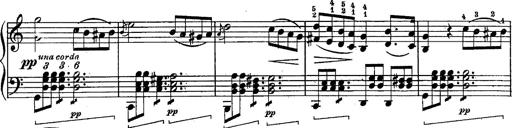
Title: Schubert's Impromptus [revised and edited by Franz Liszt]
Composer: Franz Liszt